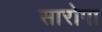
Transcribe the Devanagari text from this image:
सारोपा